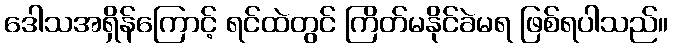
ဒေါသအရှိန်ကြောင့် ရင်ထဲတွင် ကြိတ်မနိုင်ခဲမရ ဖြစ်ရပါသည်။